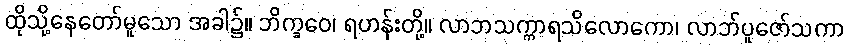
ထိုသို့နေတော်မူသော အခါ၌။ ဘိက္ခဝေ၊ ရဟန်းတို့။ လာဘသက္ကာရသိလောကော၊ လာဘ်ပူဇော်သကာ